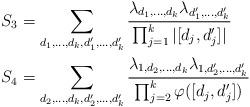
LaTeX: \begin{align*}S_3 &= \sum_{d_1, \ldots, d_k, d_1', \ldots, d_k'} \frac{\lambda_{d_1, \ldots, d_k} \lambda_{d_1', \ldots, d_k'}}{\prod_{j = 1}^k |[d_j, d_j']|}\\S_4 &= \sum_{d_2, \ldots, d_k, d_2', \ldots, d_k'} \frac{\lambda_{1, d_2, \ldots, d_k} \lambda_{1, d_2', \ldots, d_k'}}{\prod_{j = 2}^k \varphi([d_j, d_j'])}\end{align*}